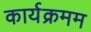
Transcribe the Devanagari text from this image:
कार्यक्रमम